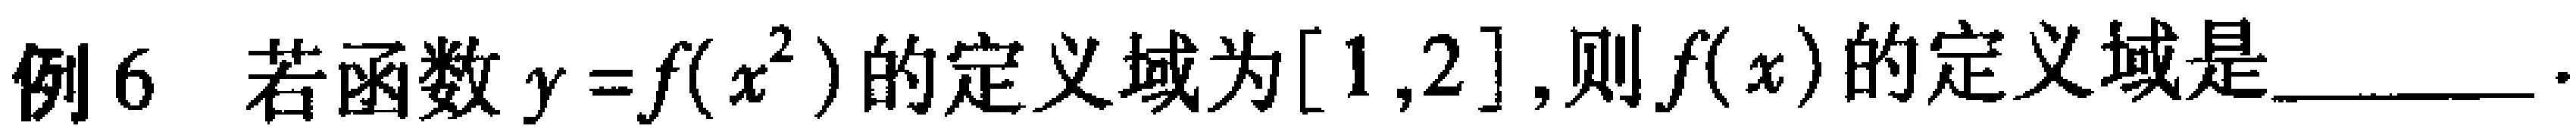
例6 若函数$y = f(x^{2})$的定义域为$[1,2]$,则$f(x)$的定义域是________.